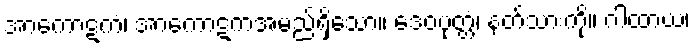
အာကောဋကံ၊ အာကောဋကအမည်ရှိသော။ ဒေဝပုတ္တံ၊ နတ်သားကို။ ဂါထာယ၊